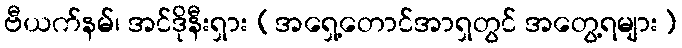
ဗီယက်နမ်၊ အင်ဒိုနီးရှား (အရှေ့တောင်အာရှတွင် အတွေ့ရများ)